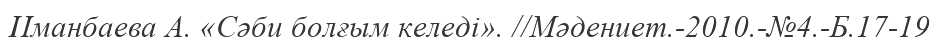
Иманбаева А. «Сәби болғым келеді». //Мәдениет.-2010.-№4.-Б.17-19